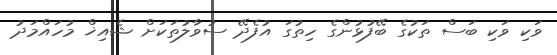
ވަކި ވަކި ބަސް ތަކުގެ ބޭފުޅުންގެ ހިތުގަ އުފެދޭ ސުވާލުތަކަށް ޝެއިޚް މުހައްމަދު